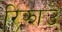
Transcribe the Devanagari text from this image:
रिझाउ